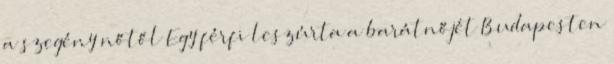
a szegény nőtől Egy férfi leszúrta a barátnőjét Budapesten